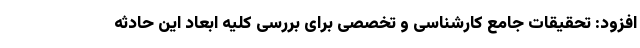
افزود: تحقیقات جامع کارشناسی و تخصصی برای بررسی کلیه ابعاد این حادثه